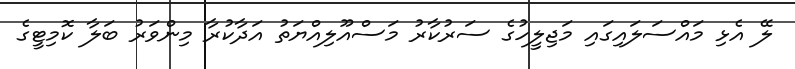
ލޭ އެޅި މައްސަލައިގައި މަޖިލީހުގެ ސަރުކާރު މަސްއޫލިއްޔަތު އަދާކުރާ މިންވަރު ބަލާ ކޮމިޓީގެ